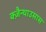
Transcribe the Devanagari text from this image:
क्ज़ैन्थाउसास